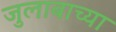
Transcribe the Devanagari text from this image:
जुलाबाच्या